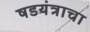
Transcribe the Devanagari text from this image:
षडयंत्राचा